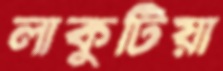
লাকুটিয়া